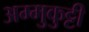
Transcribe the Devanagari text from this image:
अम्मुकुट्टी